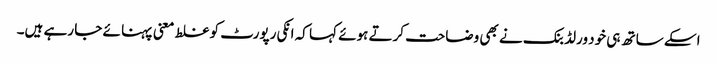
اسکے ساتھ ہی خود ورلڈ بنک نے بھی وضاحت کرتے ہوئے کہا کہ انکی رپورٹ کو غلط معنی پہنا ئے جا رہے ہیں۔